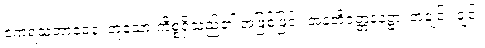
ဧကရသဘာဝေန၊ တူသော ကိစ္စရှိသည်၏ အဖြစ်ဖြင့်။ အနတိဝတ္တနဋ္ဌော၊ အချင်း ချင်း